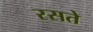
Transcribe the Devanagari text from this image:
रसते